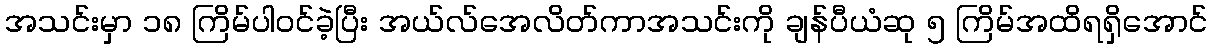
အသင်းမှာ ၁၈ ကြိမ်ပါဝင်ခဲ့ပြီး အယ်လ်အေလိတ်ကာအသင်းကို ချန်ပီယံဆု ၅ ကြိမ်အထိရရှိအောင်